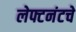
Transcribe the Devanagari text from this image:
लेफ्टनंटचे